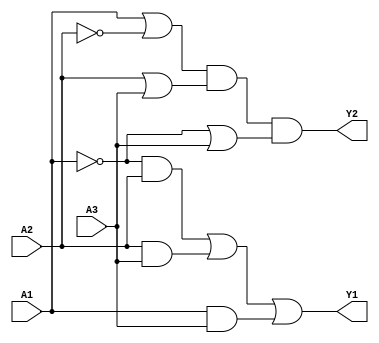
module combinational_logic (
    input wire A1,  // Input A1
    input wire A2,  // Input A2
    input wire A3,  // Input A3
    output wire Y1, // Output Y1 (SOP form)
    output wire Y2  // Output Y2 (POS form)
);

// Sum of Products (SOP) implementation for Y1
// Example: Y1 = A1'A2 + A2A3 + A1A3
wire A1_n = ~A1;  // NOT A1
wire A2_n = ~A2;  // NOT A2
wire A3_n = ~A3;  // NOT A3

wire term1 = A1_n & A2;   // A1' A2
wire term2 = A2 & A3;     // A2 A3
wire term3 = A1 & A3;     // A1 A3

assign Y1 = term1 | term2 | term3; // Y1 = A1'A2 + A2A3 + A1A3

// Product of Sums (POS) implementation for Y2
// Example: Y2 = (A1 + A2')(A2 + A3)(A1' + A3)
wire sum1 = A1 | A2_n; // A1 + A2'
wire sum2 = A2 | A3;   // A2 + A3
wire sum3 = A1_n | A3; // A1' + A3

assign Y2 = sum1 & sum2 & sum3; // Y2 = (A1 + A2')(A2 + A3)(A1' + A3)

endmodule